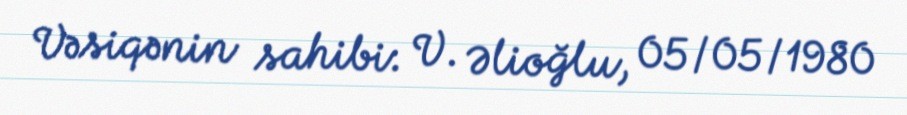
Vəsiqənin sahibi: V. Əlioğlu, 05/05/1980